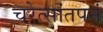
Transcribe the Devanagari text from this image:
चरेत्सांतपनं